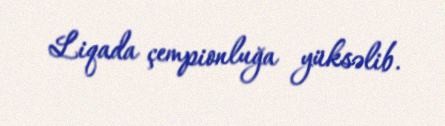
Liqada çempionluğa yüksəlib.